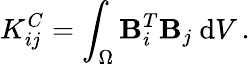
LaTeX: K_{ij}^{C}=\int_{\Omega}\mathbf{B}_{i}^{T}\mathbf{B}_{j}\ \mathrm{d}V\, .